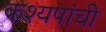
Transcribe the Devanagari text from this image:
कश्यपांची